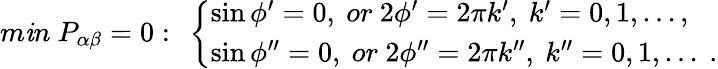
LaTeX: m\mathit{i}n~P_{\alpha\beta}=0:~\left\{ \begin{array}{l}{{\sin\phi^{\prime}=0,~or~2\phi^{\prime}=2\pi k^{\prime},~k^{\prime}=0,1,...,}}\\ {{\sin\phi^{\prime\prime}=0,~or~2\phi^{\prime\prime}=2\pi k^{\prime\prime},~k^{\prime\prime}=0,1,...~.}}\end{array}\right.